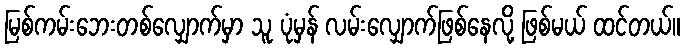
မြစ်ကမ်းဘေးတစ်လျှောက်မှာ သူ ပုံမှန် လမ်းလျှောက်ဖြစ်နေလို့ ဖြစ်မယ် ထင်တယ်။